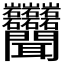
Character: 𬚩